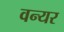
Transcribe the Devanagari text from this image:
वन्यर